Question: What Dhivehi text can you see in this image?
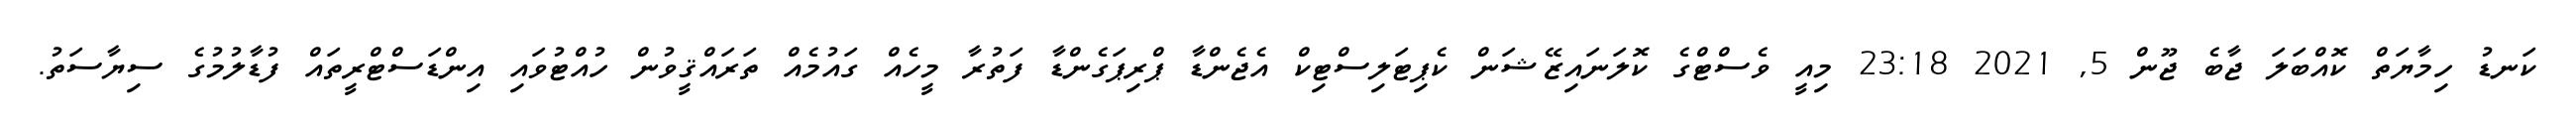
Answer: ކަނޑު ހިމާޔަތް ކޮއްބަލަ ޖާބެ ޖޫން 5, 2021 23:18 މިއީ ވެސްޓްގެ ކޮލަނައިޒޭޝަން ކެޕިޓަލިސްޓިކް އެޖެންޑާ ޕްރިޕަގެންޑާ ފަތުރާ މީހެއް ގައުމެއް ތަރައްޤީވުން ހުއްޓުވައި އިންޑަސްޓްރީތައް ފުޑާލުމުގެ ސިޔާސަތު.